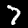
Label: 7